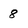
Character: 8